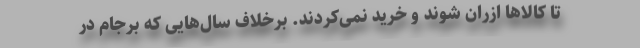
تا کالاها ازران شوند و خرید نمی‌کردند. برخلاف سال‌هایی که برجام در